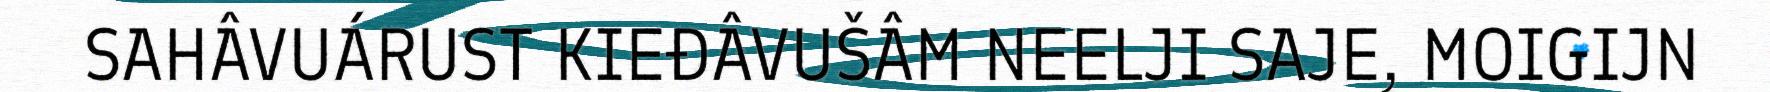
SAHÂVUÁRUST KIEĐÂVUŠÂM NEELJI SAJE, MOIGIJN